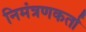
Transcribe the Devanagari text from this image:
निमंत्रणकर्ता